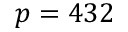
p = 4 3 2